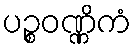
ပဉ္စဝဏ္ဏိကံ